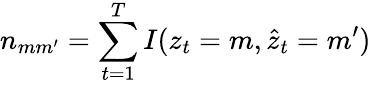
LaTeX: n_{mm^{\prime}}=\sum_{t=1}^{T}I(z_{t}=m,\hat{z}_{t}=m^{\prime})